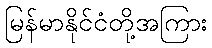
မြန်မာနိုင်ငံတို့အကြား